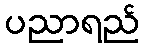
ပညာရည်